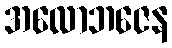
အလောဘဇေန